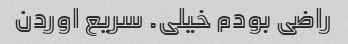
راضی بودم خیلی. سریع اوردن